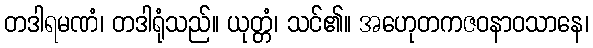
တဒါရမဏံ၊ တဒါရုံသည်။ ယုတ္တံ၊ သင်၏။ အဟေုတကဇဝနာဝသာနေ၊